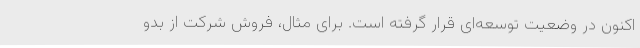
اکنون در وضعیت توسعه‌ای قرار گرفته است. برای مثال، فروش شرکت از بدو